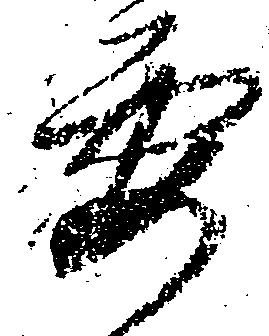
要